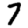
Digit: 7